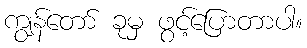
ကျွန်တော် ခုမှ ဖွင့်ပြောတာပါ။